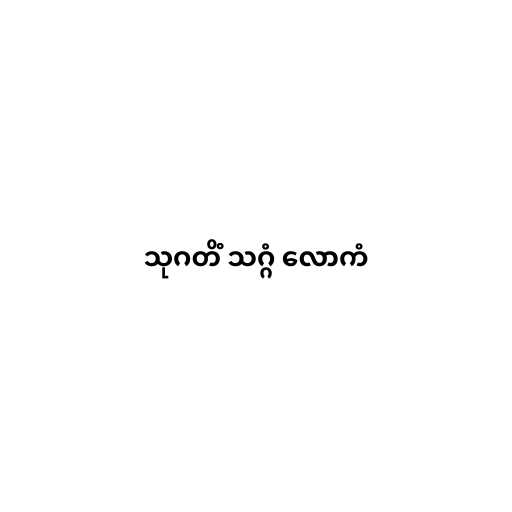
သုဂတိံ သဂ္ဂံ လောကံ